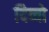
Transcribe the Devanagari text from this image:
दिव्वो